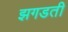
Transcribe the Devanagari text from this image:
झगडती